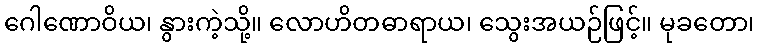
ဂေါဏောဝိယ၊ နွားကဲ့သို့။ လောဟိတဓာရာယ၊ သွေးအယဉ်ဖြင့်။ မုခတော၊